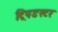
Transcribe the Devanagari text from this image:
ट्रिपडस्टर